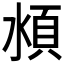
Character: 𰜏